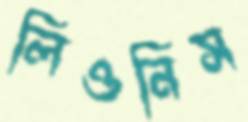
লিওনিস